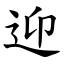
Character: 迎